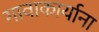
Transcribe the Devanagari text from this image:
गावाकार्याना